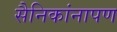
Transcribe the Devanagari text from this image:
सैनिकांनापण